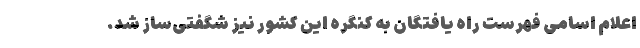
اعلام اسامی فهرست راه یافتگان به کنگره این کشور نیز شگفتی‌ساز شد.